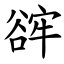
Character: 䜮